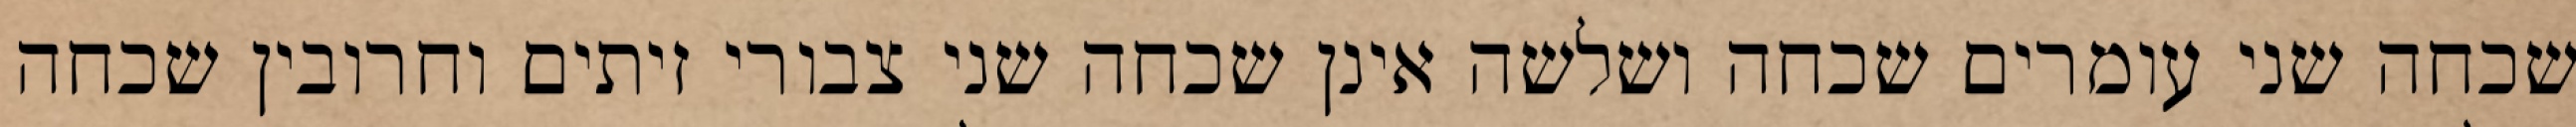
שכחה שני עומרים שכחה ושלשה אינן שכחה שני צבורי זיתים וחרובין שכחה